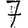
Digit: 7